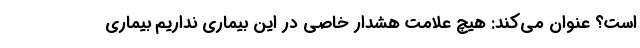
است؟ عنوان می‌کند: هیچ علامت هشدار خاصی در این بیماری نداریم بیماری